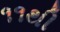
૧૧થી